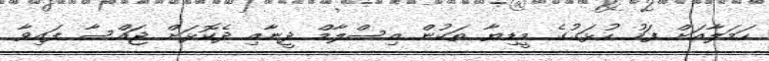
ހަމަލާއަށް ފަހު ހުޅަގުގެ މީޑިޔާ ތަކުން އިސްލާމް ދީނާއި ދެކޮޅަށް ޖައްސާ ފައިވާ